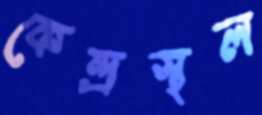
কেন্দ্রস্থল